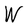
Character: W